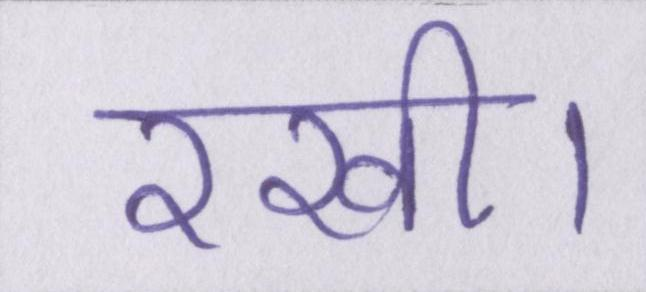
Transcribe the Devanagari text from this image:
रखी।